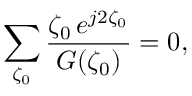
\sum _ { \zeta _ { 0 } } \frac { \zeta _ { 0 } \, e ^ { j 2 \zeta _ { 0 } } } { G ( \zeta _ { 0 } ) } = 0 ,